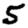
Digit: 5